Indian journal of veterinary science and animal husbandry - Volume 11,
Year: 1941
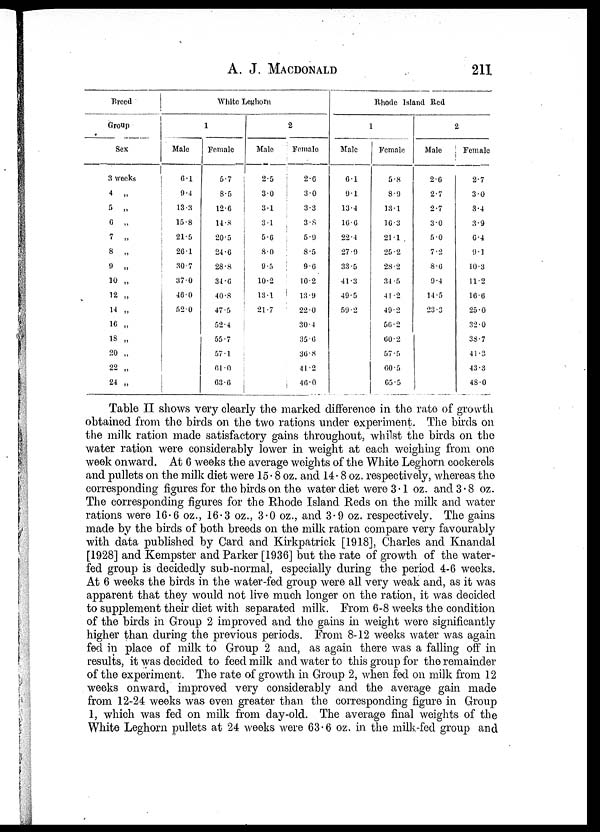
A. J. MACDONALD 211
Breed
Group
Sex
3 weeks
4 „
5
„
6 „
7 „
8
„
9 .,
10 „
12 „
14 „
16 „
18 „
20 „
22 „
24 „
White Leghorn
1
Male
6.1
9.4
13.3
15.8
21.5
26.1
30.7
37.0
46.0
52.0
Female
5.7
8.5
12.6
14 .8
20.5
24.6
28.8
34.6
40.8
47.5
52.4
55.7
57.1
61.0
63.6
2
Male
2.5
3.0
3.1
3.1
5.6
8.0
9.5
10.2
13.1
21.7
Female
2.6
3.0
3.3
3.8
5.9
8.5
9.6
10.2
13.9
22.0
30.4
35.6
36.8
41.2
46.0
Rhode Island Red
1
Male
6.1
9.1
13.4
16.6
22.4
27.9
33.5
41.3
49.5
59.2
Female
5.8
8.9
13.1
16.3
21.1
25.2
28.2
34.5
41.2
49.2
56.2
60.2
57.5.
60.5
65.5
2
Male
2.6
2.7
2.7
3.0
5.0
7.2
8.6
9.4
14.5
23.3
Female
2.7
3.0
3.4
3.9
6.4
9.1
10.3
11.2
10.6
25.0
32.0
38.7
41.3
43.3
48.0
Table II shows very clearly the marked difference in the rate of growth
obtained from the birds on the two rations under experiment. The birds on
the milk ration made satisfactory gains throughout, whilst the birds on the
water ration were considerably lower in weight at each weighing from one
week onward. At 6 weeks the average weights of the White Leghorn cockerels
and pullets on the milk diet were 15.8 oz. and 14. 8 oz. respectively, whereas the
corresponding figures for the birds on the water diet were 3.1 oz. and 3.8 oz.
The corresponding figures for the Rhode Island Reds on the milk and water
rations were 16.6 oz., 16.3 oz., 3.0 oz., and 3.9 oz. respectively. The gains
made by the birds of both breeds on the milk ration compare very favourably
with data published by Card and Kirkpatrick [1918], Charles and Knandal
[1928] and Kempster and Parker [1936] but the rate of growth of the water-
fed group is decidedly sub-normal, especially during the period 4.6 weeks.
At 6 weeks the birds in the water-fed group were all very weak and, as it was
apparent that they would not live much longer on the ration, it was decided
to supplement their diet with separated milk. From 6.8 weeks the condition
of the birds in Group 2 improved and the gains in weight were significantly
higher than during the previous periods. From 8-12 weeks water was again
fed in place of milk to Group 2 and, as again there was a falling off in
results, it was decided to feed milk and water to this group for the remainder
of the experiment. The rate of growth in Group 2, when fed on milk from 12
weeks onward, improved very considerably and the average gain made
from 12.24 weeks was even greater than the corresponding figure in Group
1, which was fed on milk from day-old. The average final weights of the
White Leghorn pullets at 24 weeks were 63.6 oz. in the milk-feel group and